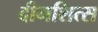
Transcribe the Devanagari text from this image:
दीमशित्स